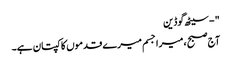
" - سیٹھ گوڈین
آج صبح ، میرا جسم میرے قدموں کا کپتان ہے۔